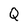
Character: Q